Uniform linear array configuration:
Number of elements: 64
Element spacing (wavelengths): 1
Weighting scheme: hann
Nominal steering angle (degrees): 60
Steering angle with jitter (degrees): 60.126
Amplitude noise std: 0.05
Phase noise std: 0.05

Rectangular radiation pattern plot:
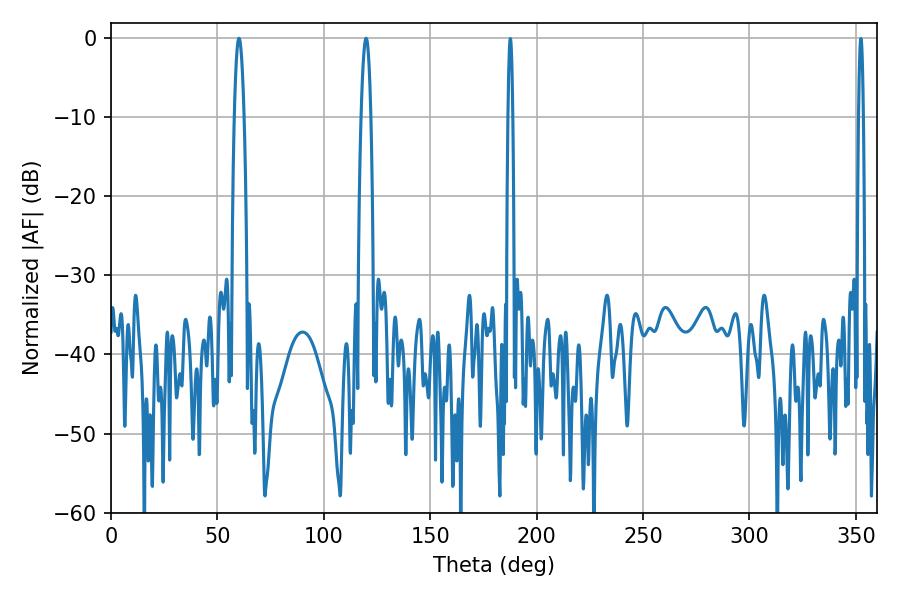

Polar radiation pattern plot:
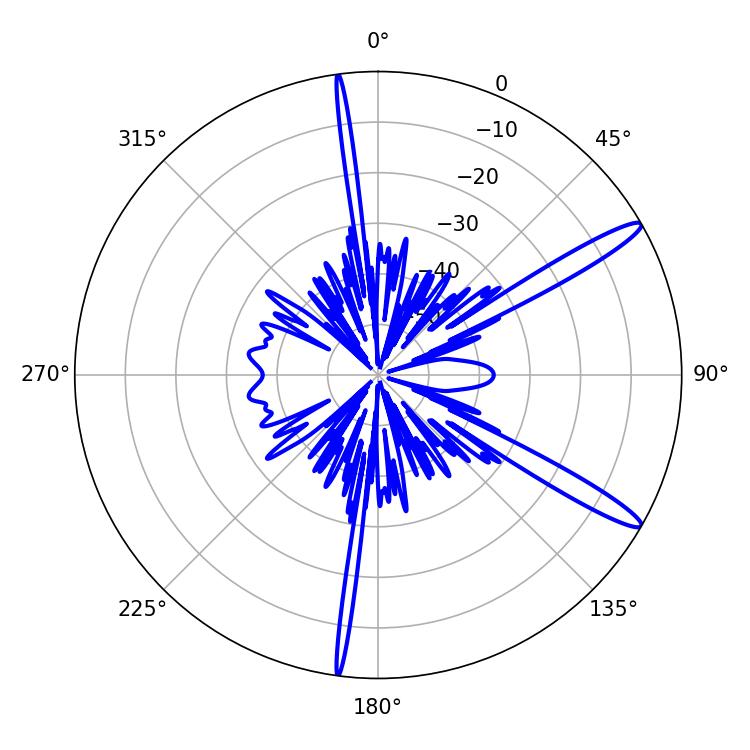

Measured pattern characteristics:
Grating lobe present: TRUE
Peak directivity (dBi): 14.144
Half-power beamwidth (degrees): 2.52
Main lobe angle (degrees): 119.88